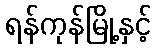
ရန်ကုန်မြို့နှင့်